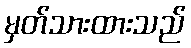
မှတ်သားထားသည်